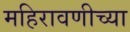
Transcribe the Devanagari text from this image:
महिरावणीच्या